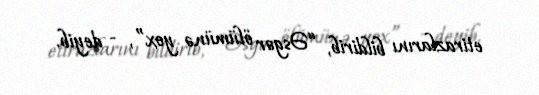
etirazlarını bildirib, “Əsgər ölümünə yox”, - deyib.